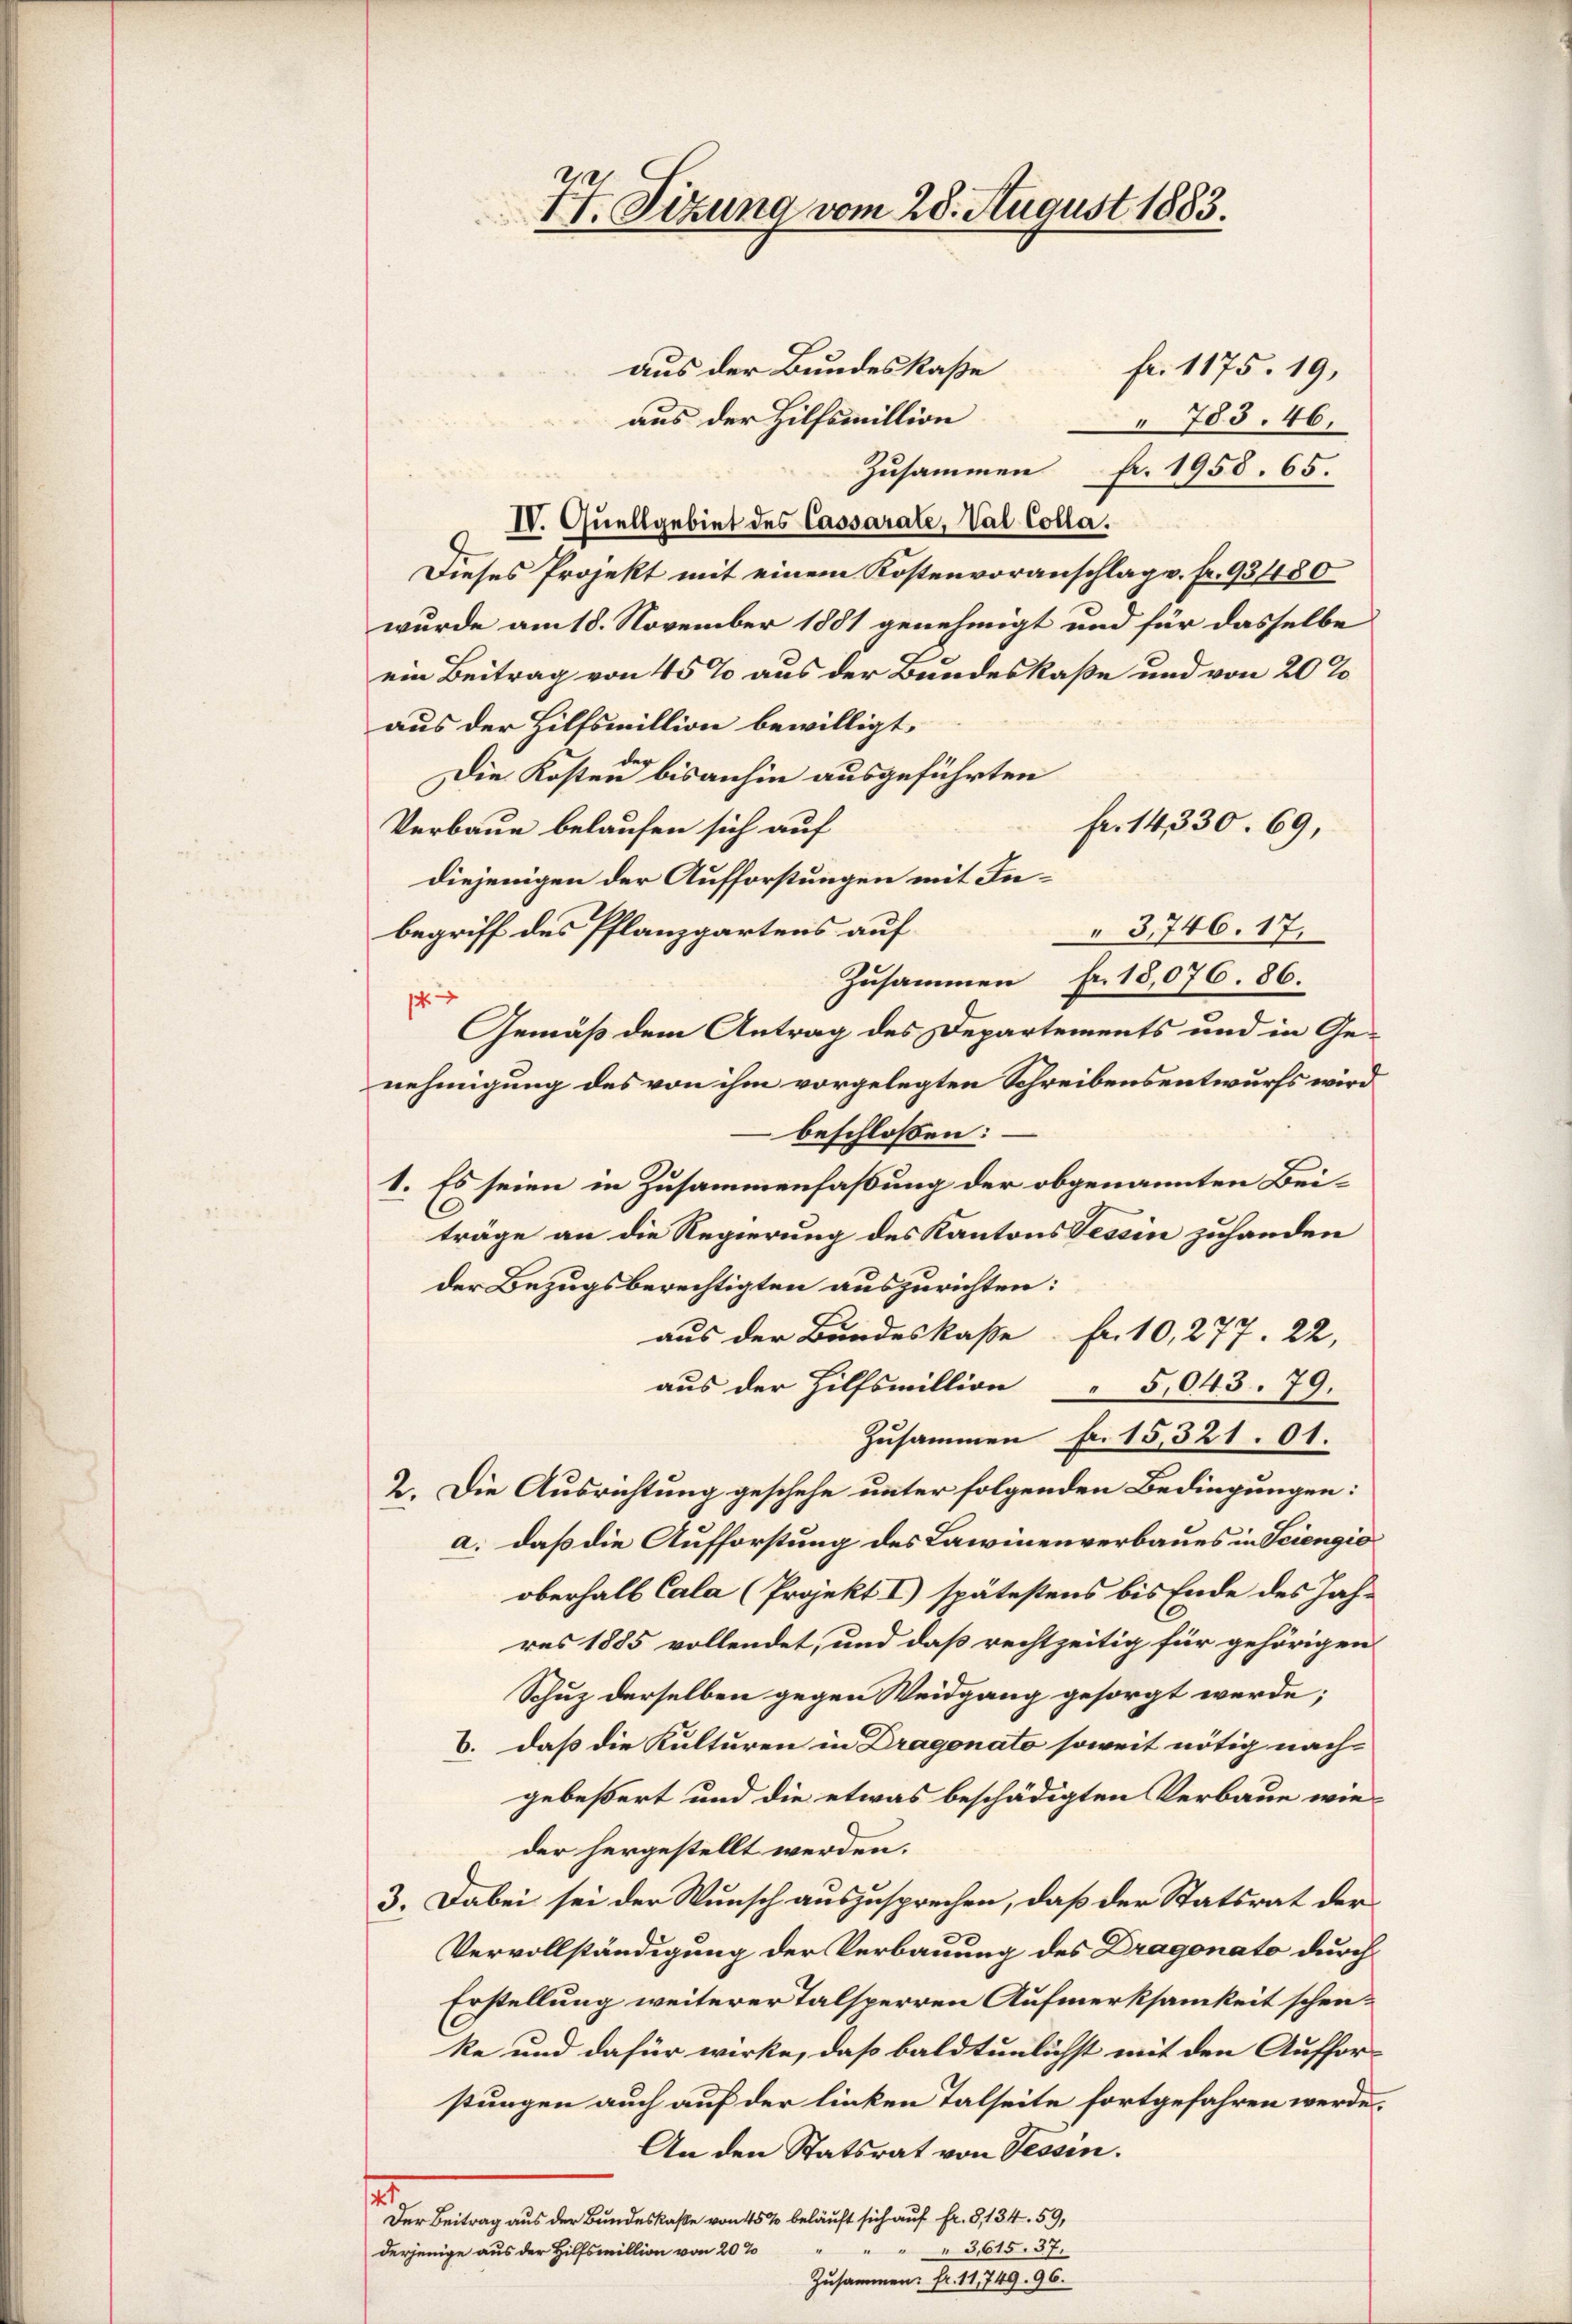
aus der Bundeskasse
fr. 1175. 19,
aus der Hilfsmillion
" 703. 46.
Zusammen fr. 1958. 65.
IV. Quellgebiet des Cassarate, Val Colla.
Dieses Projekt mit einem Kostenvoranschlag v. fr. 93480
wurde am 18. November 1881 genehmigt und für dasselbe
ein Beitrag von 45% aus der Bundeskaße und von 20%
aus der Hilfsmillion bewilligt.
der
Die Kosten bisanhin ausgeführten
fr. 14330. 69,
Verbaue belaufen sich auf
diejenigen der Aufforstungen mit Inbegriff des Pflanzpartens auf
3,746. 17.
Zusammen fr. 18,076. 86.
1
Gemäß dem Antrag des Departements und in Genehmigung des von ihm vorgelegten Schreibensentwurfs wird
beschloßen:
1. Es seien in Zusammenfaßung der obgenannten Beiträge an die Regierung des Kantons Tessin zuhanden
der Bezugsberechtigten auszurichten:
aus der Bundeskasse Fr. 10, 277. 22,
aus der Hilfsmillion" 5,043. 79.
Zusammen Fr. 15,321. 01.
2. Die Ausrichtung geschehe unter folgenden Bedingungen:
a. daß die Aufforstung des Lawinenverbaues in Seiengio
oberhalb Cala (Projekt I) spätestens bis Ende des Jah-
res 1885 vollendet, und daß rechtzeitig für gehörigen
Schuz derselben gegen Weidgang gesorgt werde;
b. daß die Kulturen in Dragonato soweit nötig nach-
gebeßert und die etwas beschädigten Verbaue wieder hergestellt werden.
3. Dabei sei der Wunsch auszusprechen, daß der Statsrat der
Vervollständigung der Verbauung des Dragonato durch
Erstellung weiterer Talsperren Aufmerksamkeit schenke und dafür wirke, daß bald tunlichst mit den Auffor-
stungen auch auf der linken Talseite fortgefahren werde.
An den Statsrat von Tessin.
1
Der Beitrag aus der Bundeskaße von 45 % beläuft sich auf Fr. 8, 134. 59,
" " 3615. 37.
derjenige aus der Hilfsmillion von 20%
Zusammen: fr. 11,749. 96.

77. Sizung vom 28. August 1883.